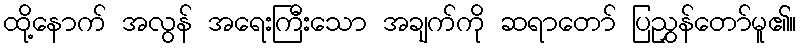
ထို့နောက် အလွန် အရေးကြီးသော အချက်ကို ဆရာတော် ပြညွှန်တော်မူ၏။